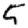
Digit: 5